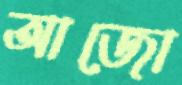
আজো